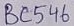
Text: BC546